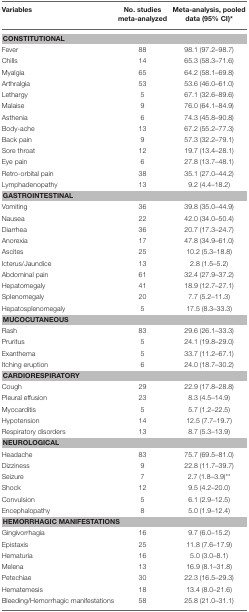
<table><thead><tr><td><b>Variables</b></td><td><b>No. studies meta-analyzed</b></td><td><b>Meta-analysis, pooled data (95% CI)<sup>*</sup></b></td></tr></thead><tbody><tr><td colspan="3"><b>CONSTITUTIONAL</b></td></tr><tr><td>Fever</td><td>88</td><td>98.1 (97.2–98.7)</td></tr><tr><td>Chills</td><td>14</td><td>65.3 (58.3–71.6)</td></tr><tr><td>Myalgia</td><td>65</td><td>64.2 (58.1–69.8)</td></tr><tr><td>Arthralgia</td><td>53</td><td>53.6 (46.0–61.0)</td></tr><tr><td>Lethargy</td><td>5</td><td>67.1 (32.6–89.6)</td></tr><tr><td>Malaise</td><td>9</td><td>76.0 (64.1–84.9)</td></tr><tr><td>Asthenia</td><td>6</td><td>74.3 (45.8–90.8)</td></tr><tr><td>Body-ache</td><td>13</td><td>67.2 (55.2–77.3)</td></tr><tr><td>Back pain</td><td>9</td><td>57.3 (32.2–79.1)</td></tr><tr><td>Sore throat</td><td>12</td><td>19.7 (13.4–28.1)</td></tr><tr><td>Eye pain</td><td>6</td><td>27.8 (13.7–48.1)</td></tr><tr><td>Retro-orbital pain</td><td>38</td><td>35.1 (27.0–44.2)</td></tr><tr><td>Lymphadenopathy</td><td>13</td><td>9.2 (4.4–18.2)</td></tr><tr><td colspan="3"><b>GASTROINTESTINAL</b></td></tr><tr><td>Vomiting</td><td>36</td><td>39.8 (35.0–44.9)</td></tr><tr><td>Nausea</td><td>22</td><td>42.0 (34.0–50.4)</td></tr><tr><td>Diarrhea</td><td>36</td><td>20.7 (17.3–24.7)</td></tr><tr><td>Anorexia</td><td>17</td><td>47.8 (34.9–61.0)</td></tr><tr><td>Ascites</td><td>25</td><td>10.2 (5.3–18.8)</td></tr><tr><td>Icterus/Jaundice</td><td>13</td><td>2.8 (1.5–5.2)</td></tr><tr><td>Abdominal pain</td><td>61</td><td>32.4 (27.9–37.2)</td></tr><tr><td>Hepatomegaly</td><td>41</td><td>18.9 (12.7–27.1)</td></tr><tr><td>Splenomegaly</td><td>20</td><td>7.7 (5.2–11.3)</td></tr><tr><td>Hepatosplenomegaly</td><td>5</td><td>17.5 (8.3–33.3)</td></tr><tr><td colspan="3"><b>MUCOCUTANEOUS</b></td></tr><tr><td>Rash</td><td>83</td><td>29.6 (26.1–33.3)</td></tr><tr><td>Pruritus</td><td>5</td><td>24.1 (19.8–29.0)</td></tr><tr><td>Exanthema</td><td>5</td><td>33.7 (11.2–67.1)</td></tr><tr><td>Itching eruption</td><td>6</td><td>24.0 (18.7–30.2)</td></tr><tr><td colspan="3"><b>CARDIORESPIRATORY</b></td></tr><tr><td>Cough</td><td>29</td><td>22.9 (17.8–28.8)</td></tr><tr><td>Pleural effusion</td><td>23</td><td>8.3 (4.5–14.9)</td></tr><tr><td>Myocarditis</td><td>5</td><td>5.7 (1.2–22.5)</td></tr><tr><td>Hypotension</td><td>14</td><td>12.5 (7.7–19.7)</td></tr><tr><td>Respiratory disorders</td><td>13</td><td>8.7 (5.3–13.9)</td></tr><tr><td colspan="3"><b>NEUROLOGICAL</b></td></tr><tr><td>Headache</td><td>83</td><td>75.7 (69.5–81.0)</td></tr><tr><td>Dizziness</td><td>9</td><td>22.8 (11.7–39.7)</td></tr><tr><td>Seizure</td><td>7</td><td>2.7 (1.8–3.9)<sup>**</sup></td></tr><tr><td>Shock</td><td>12</td><td>9.5 (4.2–20.0)</td></tr><tr><td>Convulsion</td><td>5</td><td>6.1 (2.9–12.5)</td></tr><tr><td>Encephalopathy</td><td>8</td><td>5.0 (1.9–12.4)</td></tr><tr><td colspan="3"><b>HEMORRHAGIC MANIFESTATIONS</b></td></tr><tr><td>Gingivorrhagia</td><td>16</td><td>9.7 (6.0–15.2)</td></tr><tr><td>Epistaxis</td><td>25</td><td>11.8 (7.6–17.9)</td></tr><tr><td>Hematuria</td><td>16</td><td>5.0 (3.0–8.1)</td></tr><tr><td>Melena</td><td>13</td><td>16.9 (8.1–31.8)</td></tr><tr><td>Petechiae</td><td>30</td><td>22.3 (16.5–29.3)</td></tr><tr><td>Hematemesis</td><td>18</td><td>13.4 (8.0–21.6)</td></tr><tr><td>Bleeding/Hemorrhagic manifestations</td><td>58</td><td>25.8 (21.0–31.1)</td></tr></tbody></table>